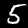
Label: 5